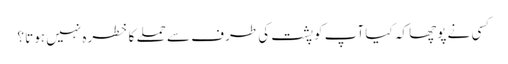
کسی نے پوچھا کہ کیا آپ کو پشت کی طرف سے حملے کا خطرہ نہیں ہوتا ؟